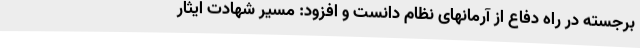
برجسته در راه دفاع از آرمانهای نظام دانست و افزود: مسیر شهادت ایثار